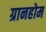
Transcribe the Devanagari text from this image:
ग्रानहोम